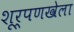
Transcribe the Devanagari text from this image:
शूर्पणखेला